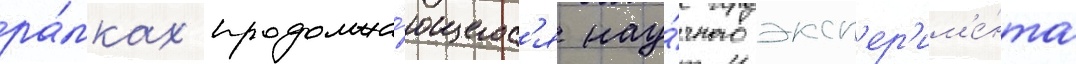
ра́мках продолжа́ющегос'я нау́чного эксп'ер'им'е́нта